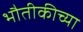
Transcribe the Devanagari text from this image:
भौतीकीच्या